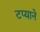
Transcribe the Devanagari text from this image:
टप्याने